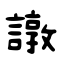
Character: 譈